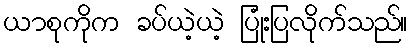
ယာစုကိုက ခပ်ယဲ့ယဲ့ ပြုံးပြလိုက်သည်။